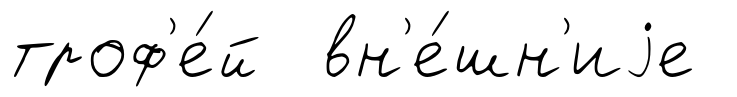
троф'е́й вн'е́шн'иjе